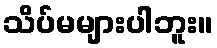
သိပ်မများပါဘူး။